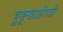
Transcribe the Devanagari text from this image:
हुकूमशाहीवादी